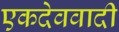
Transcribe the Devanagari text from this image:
एकदेववादी